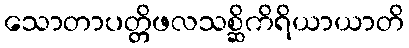
သောတာပတ္တိဖလသစ္ဆိကိရိယာယာတိ